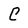
Character: C